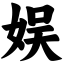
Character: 娱